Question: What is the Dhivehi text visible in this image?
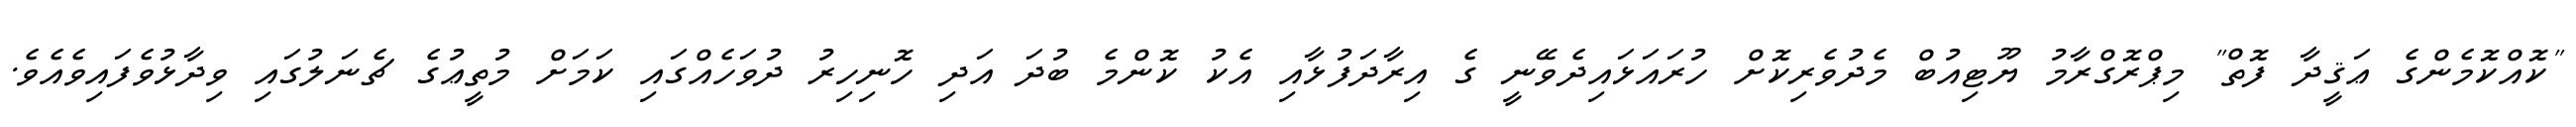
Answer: "ކޮއްކޮމެންގެ ޢަޤީދާ ފޮތް" މިޕްރޮގްރާމު ޔޫޓިއުބް މެދުވެރިކޮށް ހުރައަޅައިދެވޭނީ ގެ އިރާދަފުޅާއި އެކު ކޮންމެ ބުދަ އަދި ހޮނިހިރު ދުވަހެއްގައި ކަމަށް މުތީޢުގެ ޗެނަލުގައި ވިދާޅުވެފައިވެއެވެ.